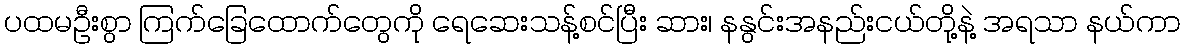
ပထမဦးစွာ ကြက်ခြေထောက်တွေကို ရေဆေးသန့်စင်ပြီး ဆား၊ နနွင်းအနည်းငယ်တို့နဲ့ အရသာ နယ်ကာ